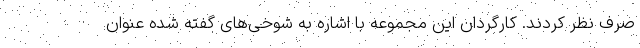
صرف نظر کردند. کارگردان این مجموعه با اشاره به شوخی‌های گفته شده عنوان